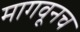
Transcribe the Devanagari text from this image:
मागवूनच